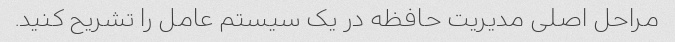
مراحل اصلی مدیریت حافظه در یک سیستم عامل را تشریح کنید.